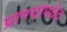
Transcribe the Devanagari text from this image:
प्राण्यांमधेच